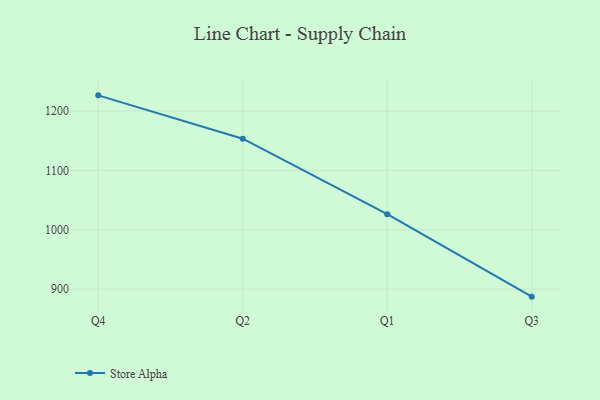
{"axis": {"x": "Quarter", "y": "Conversion Rate (%)"}, "legend": ["Store Alpha"], "data": [{"x": "Q4", "y": 1226.5, "type": "Store Alpha"}, {"x": "Q2", "y": 1153.5, "type": "Store Alpha"}, {"x": "Q1", "y": 1026.4, "type": "Store Alpha"}, {"x": "Q3", "y": 887.4, "type": "Store Alpha"}]}